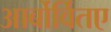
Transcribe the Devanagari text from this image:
आर्बोर्वितए